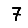
Digit: 7